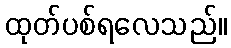
ထုတ်ပစ်ရလေသည်။